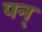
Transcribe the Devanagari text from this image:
पन्